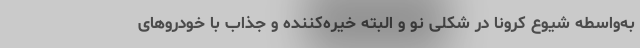
به‌واسطه شیوع کرونا در شکلی نو و البته خیره‌کننده و جذاب با خودروهای